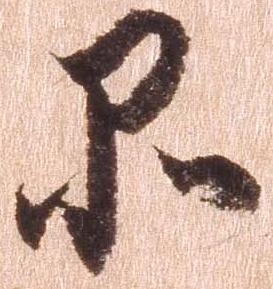
品